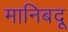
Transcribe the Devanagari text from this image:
मानिबदू